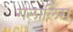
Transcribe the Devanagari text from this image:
गलालिंग